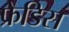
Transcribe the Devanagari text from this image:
फ्रेडिस